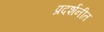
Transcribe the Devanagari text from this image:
प्रदर्शनीत